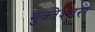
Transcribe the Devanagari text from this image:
मुक्‍तेश्‍वरा